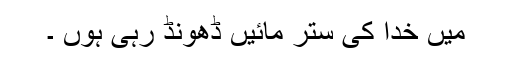
میں خدا کی ستر مائیں ڈھونڈ رہی ہوں ۔